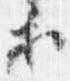
等